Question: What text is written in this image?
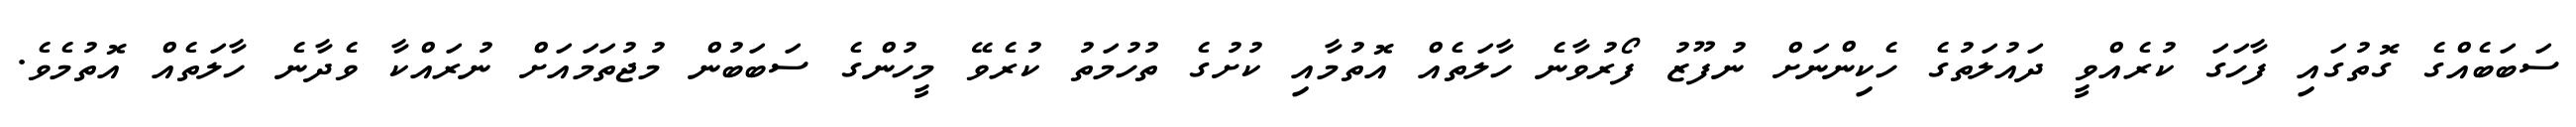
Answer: ސަބަބެއްގެ ގޮތުގައި ފާހަގަ ކުރެއްވީ ދައުލަތުގެ ހެކިންނަށް ނުފޫޒު ފޯރުވާނެ ހާލަތެއް އޮތުމާއި ކުށުގެ ތުހުމަތު ކުރެވޭ މީހުންގެ ސަބަބުން މުޖުތަމައަށް ނުރައްކާ ވެދާނެ ހާލަތެއް އޮތުމެވެ.